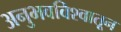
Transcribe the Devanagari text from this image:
अनुभवविश्वातून